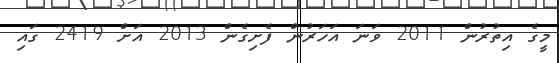
މީގެ އިތުރުން 2011 ވަނަ އަހަރުން ފެށިގެން 2013 އަށް 2419 ގައި